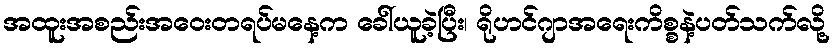
အထူးအစည်းအဝေးတရပ်မနေ့က ခေါ်ယူခဲ့ပြီး၊ ရိုဟင်ဂျာအရေးကိစ္စနဲ့ပတ်သက်လို့